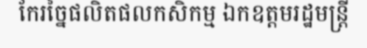
កែរច្នៃផលិតផលកសិកម្ម ឯកឧត្តមរដ្ឋមន្ត្រី